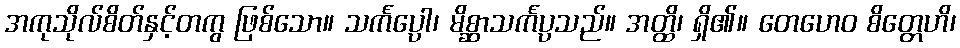
အကုသိုလ်စိတ်နှင့်တကွ ဖြစ်သော။ သင်္ကပ္ပေါ၊ မိစ္ဆာသင်္ကပ္ပသည်။ အတ္ထိ၊ ရှိ၏။ တေဟေဝ စိတ္တေဟိ၊